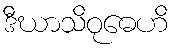
ဒီဃာသိဝုဓေဟိ